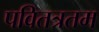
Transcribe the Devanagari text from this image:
पवितत्रतम